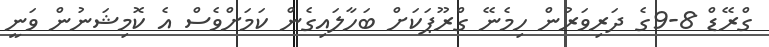
ގްރޭޑް 8-9ގެ ދަރިވަރުން ހިމެނޭ ގްރޫޕަކަށް ބަހާލައިގެން ކަމަށްވެސް އެ ކޮމިޝަނުން ވަނީ